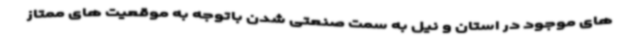
های موجود در استان و نیل به سمت صنعتی شدن باتوجه به موقعیت های ممتاز